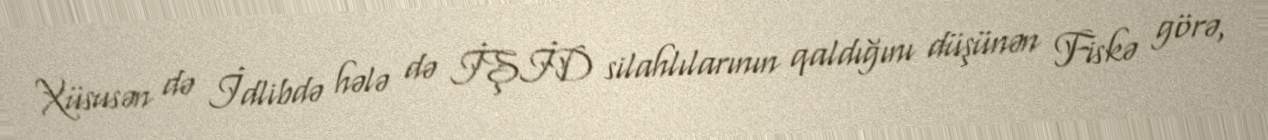
Xüsusən də İdlibdə hələ də İŞİD silahlılarının qaldığını düşünən Fiskə görə,